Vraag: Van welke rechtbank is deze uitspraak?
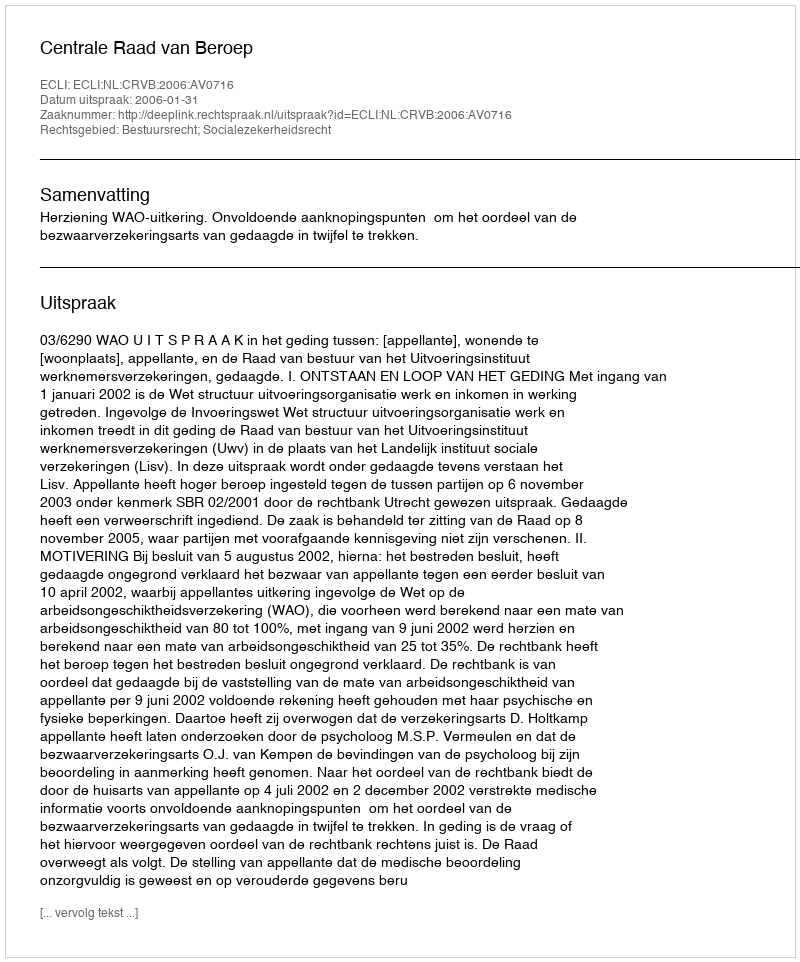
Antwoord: Centrale Raad van Beroep